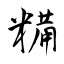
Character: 糒